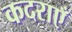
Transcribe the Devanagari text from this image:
कदराएँ